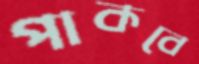
পাকবে